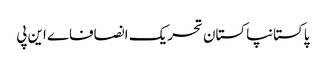
پاکستانپاکستان تحریک انصافاے این پی